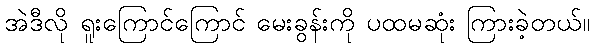
အဲဒီလို ရူးကြောင်ကြောင် မေးခွန်းကို ပထမဆုံး ကြားခဲ့တယ်။